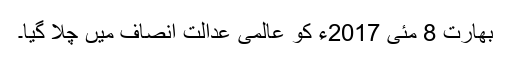
بھارت 8 مئی 2017ء کو عالمی عدالت انصاف میں چلا گیا۔